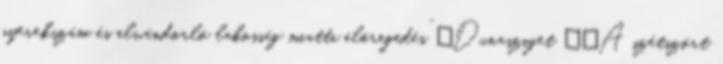
gyerekszám és elvándorló lakosság miatti elöregedés” ▪Dunasziget ▪„A szétszórt